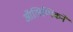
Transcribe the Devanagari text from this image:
ऑलिम्पिकने